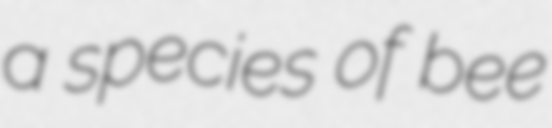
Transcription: a species of bee